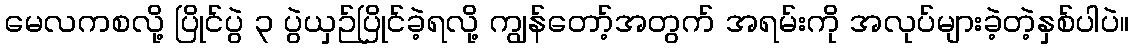
မေလကစလို့ ပြိုင်ပွဲ ၃ ပွဲယှဉ်ပြိုင်ခဲ့ရလို့ ကျွန်တော့်အတွက် အရမ်းကို အလုပ်များခဲ့တဲ့နှစ်ပါပဲ။